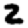
Digit: 2